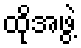
ထိုအဖွဲ့